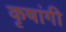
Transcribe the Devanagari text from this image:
कृषांगी